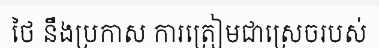
ថៃ នឹងប្រកាស ការត្រៀមជាស្រេចរបស់